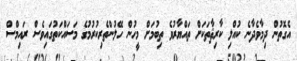
އެގޮތުން ދިމާވެދާނެ ކުއްލި ކާރިޘާތަކަށް ތައްޔާރުވެ ތިބުމަށް މީހުން ހޭލުންތެރިކުރުމުގެ މަސައްކަތުގައިވެސް ރައިމްސް